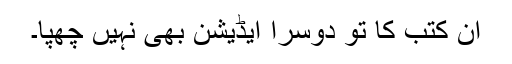
ان کتب کا تو دوسرا ایڈیشن بھی نہیں چھپا۔